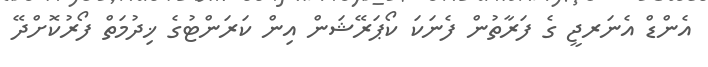
އެންޑް އެނަރޖީ ގެ ފަރާތުން ފެނަކަ ކޯޕަރޭޝަން އިން ކަރަންޓުގެ ޚިދުމަތް ފޯރުކޮށްދޭ